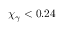
\chi _ { \gamma } < 0 . 2 4